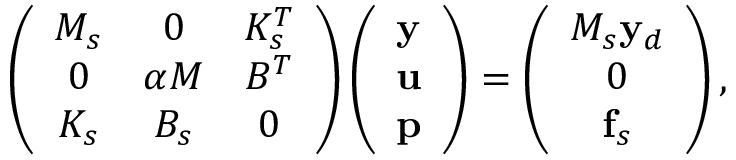
\left( \begin{array} { c c c } { M _ { s } } & { 0 } & { K _ { s } ^ { T } } \\ { 0 } & { \alpha M } & { B ^ { T } } \\ { K _ { s } } & { B _ { s } } & { 0 } \end{array} \right) \left( \begin{array} { l } { \mathbf { y } } \\ { \mathbf { u } } \\ { \mathbf { p } } \end{array} \right) = \left( \begin{array} { c } { M _ { s } \mathbf { y } _ { d } } \\ { 0 } \\ { \mathbf { f } _ { s } } \end{array} \right) ,